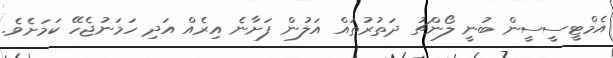
އެމްޓީސީސީން ބުނީ ލޯންޗު ދަތުރުތައް އަލުން ފަށާނެ އިރެއް އަދި ހަމަނުޖެހޭ ކަމަށެވެ.